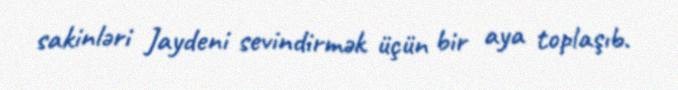
sakinləri Jaydeni sevindirmək üçün bir aya toplaşıb.